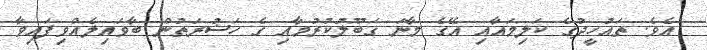
އެވެ. ތައުހީދުގެ ކަލިމައާއި އޭގެ މާނަ ގަބޫލުކުރުމާއި ގެ ހަޟުރަތުން ބާވައިލެއްވިފައިވާ